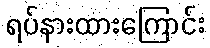
ရပ်နားထားကြောင်း